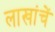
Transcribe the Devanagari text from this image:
लाखांचें